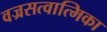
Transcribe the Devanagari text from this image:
वज्रसत्वात्मिका